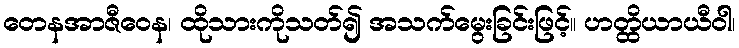
တေနအာဇီဝေန၊ ထိုသားကိုသတ်၍ အသက်မွေးခြင်းဖြင့်။ ဟတ္ထိယာယီဝါ၊